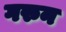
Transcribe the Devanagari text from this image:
गरुन